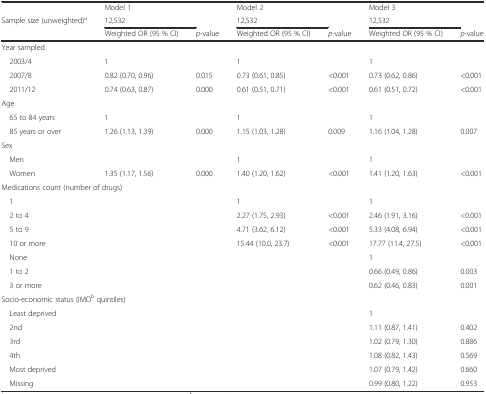
<table><thead><tr><td>[EMPTY_CELL]</td><td><b>Model 1</b></td><td>[EMPTY_CELL]</td><td><b>Model 2</b></td><td>[EMPTY_CELL]</td><td><b>Model 3</b></td><td>[EMPTY_CELL]</td></tr><tr><td><b>Sample size (unweighted)<sup>a</sup></b></td><td><b>12,532</b></td><td>[EMPTY_CELL]</td><td><b>12,532</b></td><td>[EMPTY_CELL]</td><td><b>12,532</b></td><td>[EMPTY_CELL]</td></tr><tr><td>[EMPTY_CELL]</td><td><b>Weighted OR (95 % CI)</b></td><td><b><i>p</i>-value</b></td><td><b>Weighted OR (95 % CI)</b></td><td><b><i>p</i>-value</b></td><td><b>Weighted OR (95 % CI)</b></td><td><b><i>p</i>-value</b></td></tr></thead><tbody><tr><td>Year sampled</td><td>[EMPTY_CELL]</td><td>[EMPTY_CELL]</td><td>[EMPTY_CELL]</td><td>[EMPTY_CELL]</td><td>[EMPTY_CELL]</td><td>[EMPTY_CELL]</td></tr><tr><td> 2003/4</td><td>1</td><td>[EMPTY_CELL]</td><td>1</td><td>[EMPTY_CELL]</td><td>1</td><td>[EMPTY_CELL]</td></tr><tr><td> 2007/8</td><td>0.82 (0.70, 0.96)</td><td>0.015</td><td>0.73 (0.61, 0.85)</td><td>&lt;0.001</td><td>0.73 (0.62, 0.86)</td><td>&lt;0.001</td></tr><tr><td> 2011/12</td><td>0.74 (0.63, 0.87)</td><td>0.000</td><td>0.61 (0.51, 0.71)</td><td>&lt;0.001</td><td>0.61 (0.51, 0.72)</td><td>&lt;0.001</td></tr><tr><td>Age</td><td>[EMPTY_CELL]</td><td>[EMPTY_CELL]</td><td>[EMPTY_CELL]</td><td>[EMPTY_CELL]</td><td>[EMPTY_CELL]</td><td>[EMPTY_CELL]</td></tr><tr><td> 65 to 84 years</td><td>1</td><td>[EMPTY_CELL]</td><td>1</td><td>[EMPTY_CELL]</td><td>1</td><td>[EMPTY_CELL]</td></tr><tr><td> 85 years or over</td><td>1.26 (1.13, 1.39)</td><td>0.000</td><td>1.15 (1.03, 1.28)</td><td>0.009</td><td>1.16 (1.04, 1.28)</td><td>0.007</td></tr><tr><td>Sex</td><td>[EMPTY_CELL]</td><td>[EMPTY_CELL]</td><td>[EMPTY_CELL]</td><td>[EMPTY_CELL]</td><td>[EMPTY_CELL]</td><td>[EMPTY_CELL]</td></tr><tr><td> Men</td><td>[EMPTY_CELL]</td><td>[EMPTY_CELL]</td><td>1</td><td>[EMPTY_CELL]</td><td>1</td><td>[EMPTY_CELL]</td></tr><tr><td> Women</td><td>1.35 (1.17, 1.56)</td><td>0.000</td><td>1.40 (1.20, 1.62)</td><td>&lt;0.001</td><td>1.41 (1.20, 1.63)</td><td>&lt;0.001</td></tr><tr><td colspan="3">Medications count (number of drugs)</td><td>[EMPTY_CELL]</td><td>[EMPTY_CELL]</td><td>[EMPTY_CELL]</td><td>[EMPTY_CELL]</td></tr><tr><td> 1</td><td>[EMPTY_CELL]</td><td>[EMPTY_CELL]</td><td>1</td><td>[EMPTY_CELL]</td><td>1</td><td>[EMPTY_CELL]</td></tr><tr><td> 2 to 4</td><td>[EMPTY_CELL]</td><td>[EMPTY_CELL]</td><td>2.27 (1.75, 2.93)</td><td>&lt;0.001</td><td>2.46 (1.91, 3.16)</td><td>&lt;0.001</td></tr><tr><td> 5 to 9</td><td>[EMPTY_CELL]</td><td>[EMPTY_CELL]</td><td>4.71 (3.62, 6.12)</td><td>&lt;0.001</td><td>5.33 (4.08, 6.94)</td><td>&lt;0.001</td></tr><tr><td> 10 or more</td><td>[EMPTY_CELL]</td><td>[EMPTY_CELL]</td><td>15.44 (10.0, 23.7)</td><td>&lt;0.001</td><td>17.77 (11.4, 27.5)</td><td>&lt;0.001</td></tr><tr><td> None</td><td>[EMPTY_CELL]</td><td>[EMPTY_CELL]</td><td>[EMPTY_CELL]</td><td>[EMPTY_CELL]</td><td>1</td><td>[EMPTY_CELL]</td></tr><tr><td> 1 to 2</td><td>[EMPTY_CELL]</td><td>[EMPTY_CELL]</td><td>[EMPTY_CELL]</td><td>[EMPTY_CELL]</td><td>0.66 (0.49, 0.86)</td><td>0.003</td></tr><tr><td> 3 or more</td><td>[EMPTY_CELL]</td><td>[EMPTY_CELL]</td><td>[EMPTY_CELL]</td><td>[EMPTY_CELL]</td><td>0.62 (0.46, 0.83)</td><td>0.001</td></tr><tr><td colspan="7">Socio-economic status (IMD<sup>b</sup> quintiles)</td></tr><tr><td> Least deprived</td><td>[EMPTY_CELL]</td><td>[EMPTY_CELL]</td><td>[EMPTY_CELL]</td><td>[EMPTY_CELL]</td><td>1</td><td>[EMPTY_CELL]</td></tr><tr><td> 2nd</td><td>[EMPTY_CELL]</td><td>[EMPTY_CELL]</td><td>[EMPTY_CELL]</td><td>[EMPTY_CELL]</td><td>1.11 (0.87, 1.41)</td><td>0.402</td></tr><tr><td> 3rd</td><td>[EMPTY_CELL]</td><td>[EMPTY_CELL]</td><td>[EMPTY_CELL]</td><td>[EMPTY_CELL]</td><td>1.02 (0.79, 1.30)</td><td>0.886</td></tr><tr><td> 4th</td><td>[EMPTY_CELL]</td><td>[EMPTY_CELL]</td><td>[EMPTY_CELL]</td><td>[EMPTY_CELL]</td><td>1.08 (0.82, 1.43)</td><td>0.569</td></tr><tr><td> Most deprived</td><td>[EMPTY_CELL]</td><td>[EMPTY_CELL]</td><td>[EMPTY_CELL]</td><td>[EMPTY_CELL]</td><td>1.07 (0.79, 1.42)</td><td>0.660</td></tr><tr><td> Missing</td><td>[EMPTY_CELL]</td><td>[EMPTY_CELL]</td><td>[EMPTY_CELL]</td><td>[EMPTY_CELL]</td><td>0.99 (0.80, 1.22)</td><td>0.953</td></tr></tbody></table>